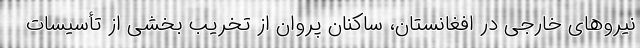
نیروهای خارجی در افغانستان، ساکنان پروان از تخریب بخشی از تأسیسات